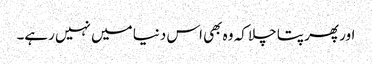
اور پھر پتا چلا کہ وہ بھی اس دنیا میں نہیں رہے۔